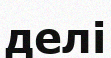
делі